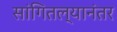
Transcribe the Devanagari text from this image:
सांगितल्यानंतर